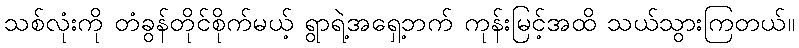
သစ်လုံးကို တံခွန်တိုင်စိုက်မယ့် ရွာရဲ့အရှေ့ဘက် ကုန်းမြင့်အထိ သယ်သွားကြတယ်။